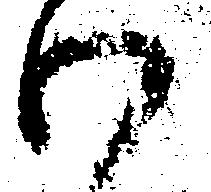
わ